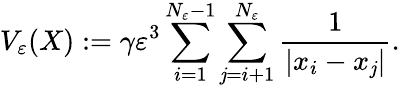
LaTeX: V_{\varepsilon}(X):=\gamma\varepsilon^{3}\sum_{i=1}^{N_{\varepsilon}-1}\sum_{\mathit{j}=i+1}^{N_{\varepsilon}}{\frac{{1}}{{|x_{i}-x_{\mathit{j}}|}}}.